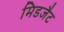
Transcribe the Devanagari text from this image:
मिडजैट